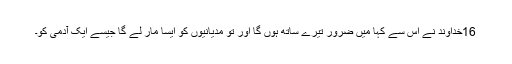
16خُداوند نے اُس سے کہا مَیں ضرُور تیرے ساتھ ہُوں گا اور تُو مِدیانیوں کو اَیسا مار لے گا جَیسے ایک آدمی کو۔